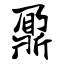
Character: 鼐